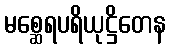
မစ္ဆေရပရိယုဋ္ဌိတေန